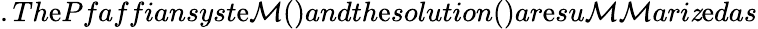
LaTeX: .Th\mathrm{e}Pfaffiansyst\mathrm{e}\mathcal{M}()andth\mathrm{e}solution()ar\mathrm{e}su\mathcal{M}\mathcal{M}ari\mathit{z}\mathrm{e}das